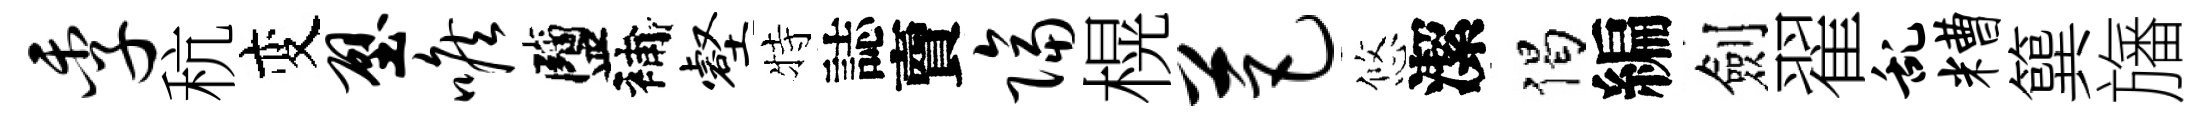
季秔变壁喉鹽補壑特誌𧶠隔榥芭悠潔偈編劍翟乱糟簨旛